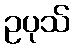
ဥပုသ်